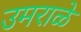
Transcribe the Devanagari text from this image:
उमराळे